Report on vaccination in Madras 1922-1929 - 1922-1929
Year: 1922
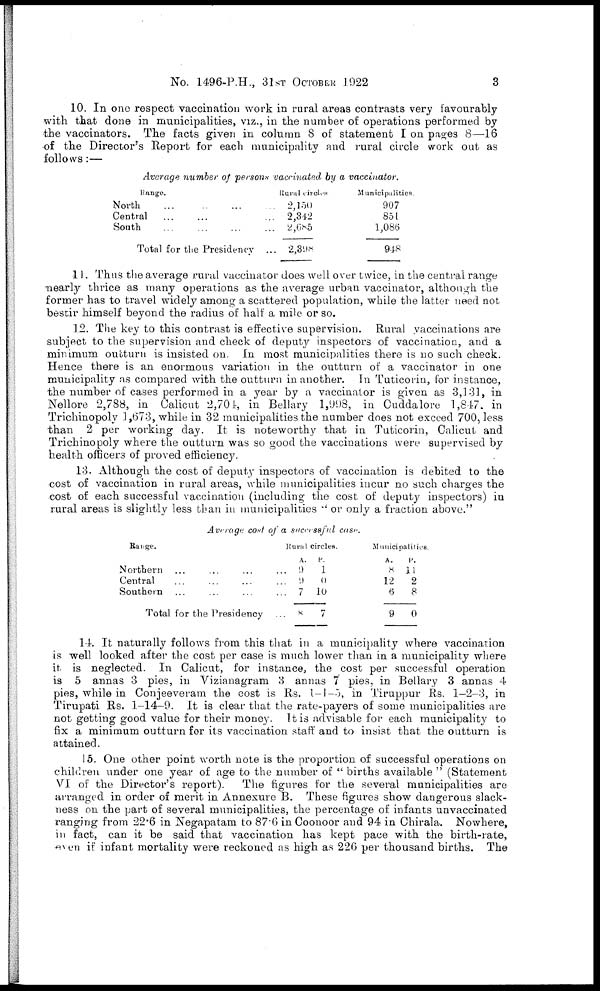
No. 1496-P.H., 31ST OCTOBER 1922
3
10. In one respect vaccination work in rural areas contrasts very favourably
with that done in municipalities, viz., in the number of operations performed by
the vaccinators. The facts given in column 8 of statement I on pages 8—16
of the Director's Report for each municipality and rural circle work out as
follows:—
Average number of persons vaccinated by a vaccinator.
Range.
North ... ... ... ...
Central ... ... ... ...
South ... ... ... ...
Total for the Presidency
Rural circles
2,150
2,342
2,685
2,398
Municipalities.
907
851
1,086
948
11. Thus the average rural vaccinator does well over twice, in the central range
nearly thrice as many operations as the average urban vaccinator, although the
former has to travel widely among a scattered population, while the latter need not
bestir himself beyond the radius of half a mile or so.
12. The key to this contrast is effective supervision. Rural vaccinations are
subject to the supervision and check of deputy inspectors of vaccination, and a
minimum outturn is insisted on. In most municipalities there is no such check.
Hence there is an enormous variation in the outturn of a vaccinator in one
municipality as compared with the outturn in another. In Tuticorin, for instance,
the number of cases performed in a year by a vaccinator is given as 3,131, in
Nellore 2,788, in Calicut 2,701, in Bellary 1,998, in Cuddalore 1,847, in
Trichinopoly 1,673, while in 32 municipalities the number does not exceed 700, less
than 2 per working day. It is noteworthy that in Tuticorin, Calicut and
Trichinopoly where the outturn was so good the vaccinations were supervised by
health officers of proved efficiency.
13. Although the cost of deputy inspectors of vaccination is debited to the
cost of vaccination in rural areas, while municipalities incur no such charges the
cost of each successful vaccination (including the cost of deputy inspectors) in
rural areas is slightly less than in municipalities " or only a fraction above."
Average cost of a successful case.
Range.
Northern ... ... ... ...
Central ... ... ... ...
Southern ... ... ... ...
Total for the Presidency ...
Rural circles.
A.
9
9
7
8
P.
1
0
10
7
Municipalities.
A.
8
12
6
9
P.
11
2
8
0
14. It naturally follows from this that in a municipality where vaccination
is well looked after the cost per case is much lower than in a municipality where
it is neglected. In Calicut, for instance, the cost per successful operation
is 5 annas 3 pies, in Vizianagram 3 annas 7 pies, in Bellary 3 annas 4
pies, while in Conjeeveram the cost is Rs. 1-1-5, in Tiruppur Rs. 1-2-3, in
Tirupati Rs. 1-14-9. It is clear that the rate-payers of some municipalities are
not getting good value for their money. It is advisable for each municipality to
fix a minimum outturn for its vaccination staff and to insist that the outturn is
attained.
15. One other point worth note is the proportion of successful operations on
children under one year of age to the number of " births available " (Statement
VI of the Director's report). The figures for the several municipalities are
arranged in order of merit in Annexure B. These figures show dangerous slack-
ness on the part of several municipalities, the percentage of infants unvaccinated
ranging from 22.6 in Negapatam to 87.6 in Coonoor and 94 in Chirala. Nowhere,
in fact, can it be said that vaccination has kept pace with the birth-rate,
even if infant mortality were reckoned as high as 226 per thousand births. The